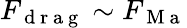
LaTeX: F_{\mathrm{~d~r~a~g~}}\sim F_{\mathrm{~M~a~}}